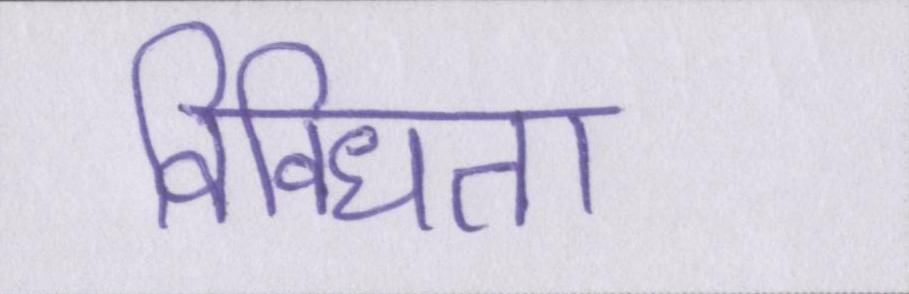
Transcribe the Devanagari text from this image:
विविधता